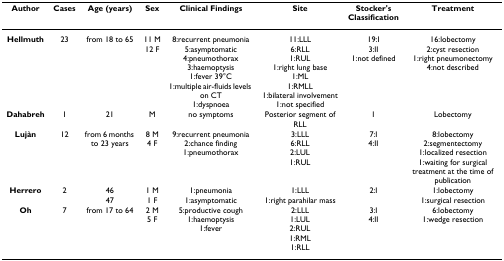
| Author | Cases | Age (years) | Sex | Clinical Findings | Site | Stocker's Classification | Treatment |
 | --- | --- | --- | --- | --- | --- | --- | --- |
 | Hellmuth | 23 | from 18 to 65 | 11 M12 F | 8:recurrent pneumonia5:asymptomatic4:pneumothorax3:haemoptysis1:fever 39°C1:multiple air-fluids levels on CT1:dyspnoea | 11:LLL6:RLL1:RUL1:right lung base1:ML1:RMLL1:bilateral involvement1:not specified | 19:I3:II1:not defined | 16:lobectomy2:cyst resection1:right pneumonectomy4:not described |
 | Dahabreh | 1 | 21 | M | no symptoms | Posterior segment of RLL | I | Lobectomy |
 | Lujàn | 12 | from 6 months to 23 years | 8 M4 F | 9:recurrent pneumonia2:chance finding1:pneumothorax | 3:LLL6:RLL2:LUL1:RUL | 7:I4:II | 8:lobectomy2:segmentectomy1:localized resection1:waiting for surgical treatment at the time of publication |
 | Herrero | 2 | 4647 | 1 M1 F | 1:pneumonia1:asymptomatic | 1:LLL1:right parahilar mass | 2:I | 1:lobectomy1:surgical resection |
 | Oh | 7 | from 17 to 64 | 2 M5 F | 5:productive cough1:haemoptysis1:fever | 2:LLL1:LUL2:RUL1:RML1:RLL | 3:I4:II | 6:lobectomy1:wedge resection |